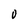
Character: 0